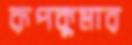
রূপকুমার